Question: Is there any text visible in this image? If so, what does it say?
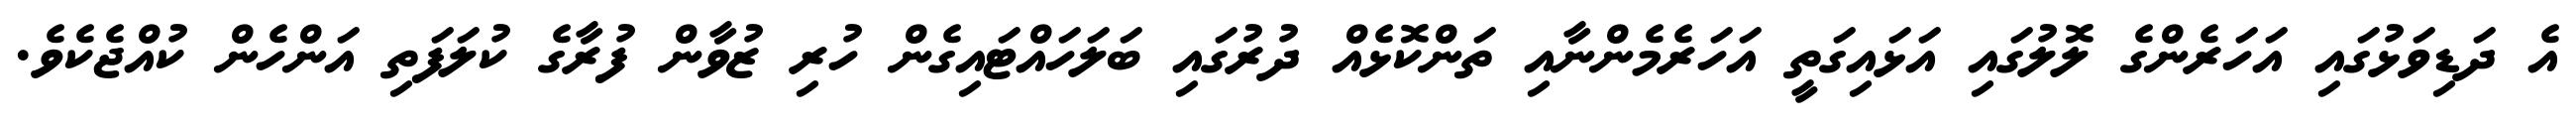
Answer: އެ ދަޑިވަޅުގައި އަހަރެންގެ ލޮލުގައި އަޅައިގަތީ އަހަރެމެންނާއި ތަންކޮޅެއް ދުރުގައި ބަލަހައްޓައިގެން ހުރި ޒުވާން ފުރާގެ ކުލަފަތި އަންހެން ކުއްޖެކެވެ.